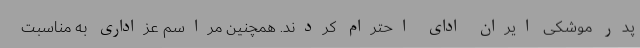
پدر موشکی ایران ادای احترام کردند. همچنین مراسم عزاداری به مناسبت